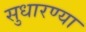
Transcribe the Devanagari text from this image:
सुधारण्या